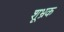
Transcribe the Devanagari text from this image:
शूभ्रक